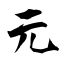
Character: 元